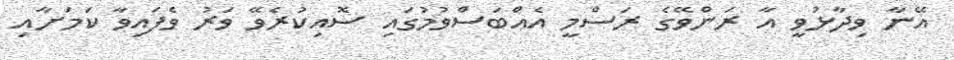
އޭނާ ވިދާޅުވީ އާ ރަންވޭގެ ރަސްމީ އެއްބަސްވުމުގައި ސޮއިކުރެވޭ ވަރު ވެފައިވާ ކަމަށާއި